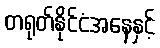
တရုတ်နိုင်ငံအနေနှင့်